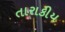
તારાકીય